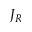
J _ { R }